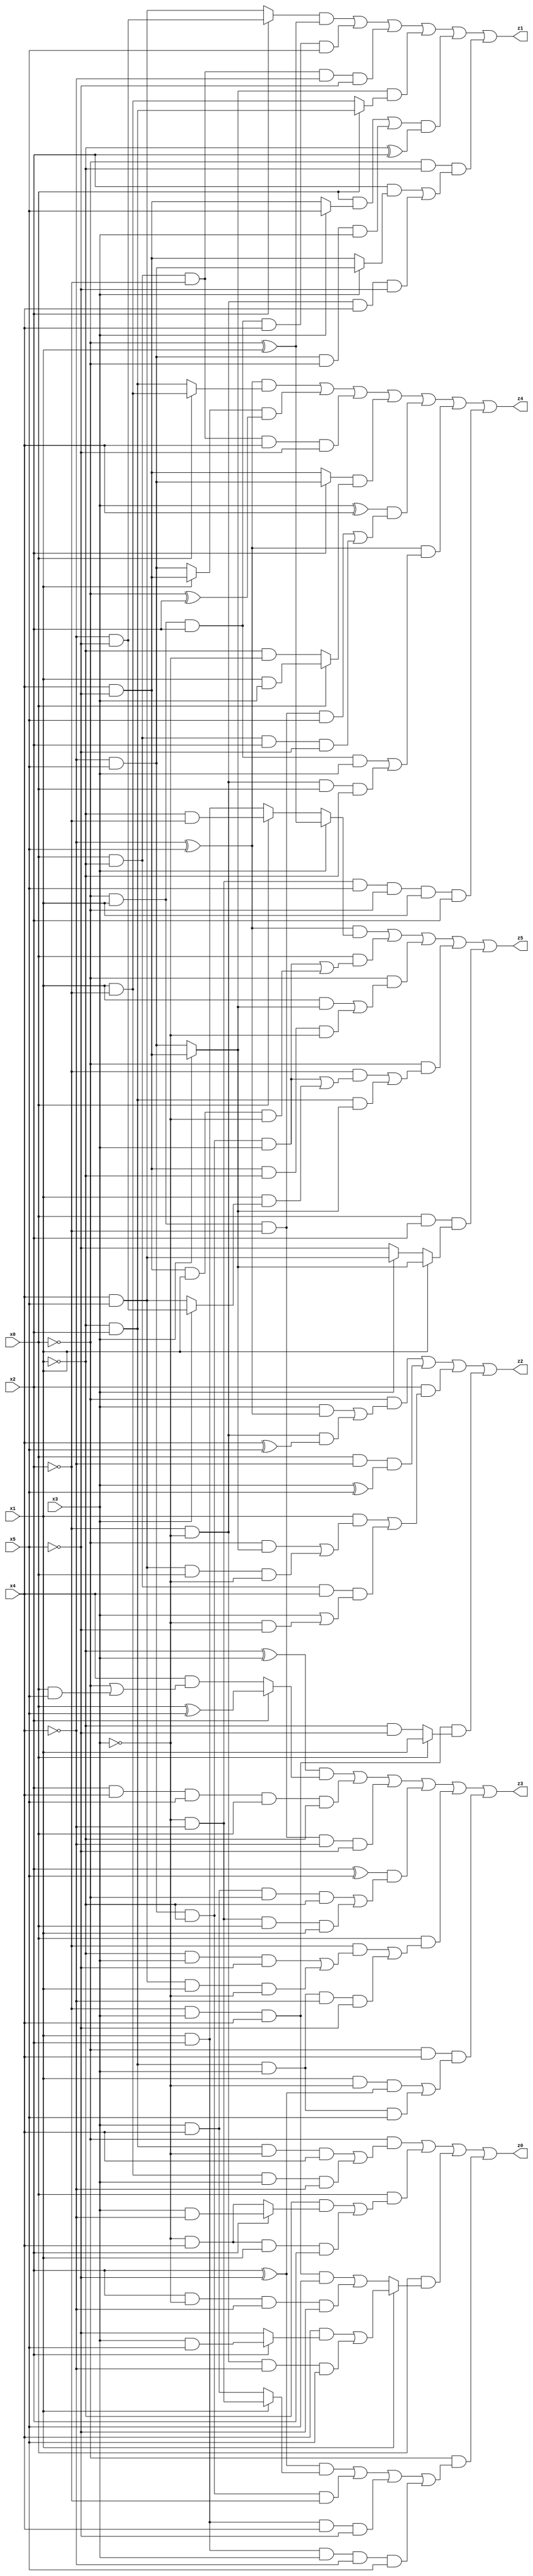
// Benchmark "X_41" written by ABC on Wed Jun 07 23:38:20 2023

module X_41 ( 
    x0, x1, x2, x3, x4, x5,
    z0, z1, z2, z3, z4, z5  );
  input  x0, x1, x2, x3, x4, x5;
  output z0, z1, z2, z3, z4, z5;
  assign z0 = (~x0 & ((~x1 & x2 & ~x3 & x4) | (x1 & ~x2 & x3 & ~x4))) | (x0 & ((~x1 & (x2 ? (x3 & ~x4) : (~x3 & x4))) | (~x3 & x4 & x1 & x2))) | (x0 & (x1 ? ((x4 & (x2 ? (x3 & x5) : ~x5)) | (~x2 & ~x3 & ~x4 & x5)) : ((~x2 & x3 & x4 & x5) | (x2 & ~x3 & ~x4 & ~x5)))) | (~x0 & (((x2 ^ ~x5) & (x1 ? (~x3 & ~x4) : (x3 & x4))) | (~x4 & x5 & ~x1 & ~x2) | (x1 & x2 & x4 & ~x5) | (x1 & x2 & x3 & ~x4 & x5)));
  assign z1 = ((x2 ? (~x4 & ~x5) : (x4 & x5)) & (~x0 ^ x1)) | (~x0 & x1 & x2 & x4 & x5) | (x0 & ~x1 & ~x2 & ~x4 & ~x5) | ((x3 ? (x4 & ~x5) : (~x4 & x5)) & (x0 ? (~x1 & x2) : (x1 & ~x2))) | (((x0 & (x3 ? x5 : (x4 & ~x5))) | (~x4 & x5 & ~x0 & x3)) & (~x1 ^ x2)) | (~x0 & ~x1 & ((x2 & (x3 ? (~x4 & x5) : (x4 & ~x5))) | (~x2 & ~x3 & x4 & ~x5)));
  assign z2 = (~x0 & ((x3 & (~x4 ^ x5)) | (~x2 & ~x3 & (x4 ^ x5)))) | (x0 & ~x4 & (x3 ^ x5)) | (x2 & ((x1 & ((~x0 & (x3 ? (x4 & ~x5) : (~x4 & x5))) | (x4 & x5 & x0 & ~x3))) | (x0 & ~x1 & x4 & (x3 | (~x3 & ~x5))))) | (~x2 & x3 & x4 & (x0 ? x1 : (~x1 & ~x5)));
  assign z3 = ((~x1 ^ x3) & (x2 ? (x0 ^ x5) : (x4 & (~x0 | (x0 & x5))))) | (x2 & x4 & x5 & x0 & ~x1) | (~x0 & x1 & ~x2 & ~x4 & ~x5) | ((x2 ^ x5) & ((x3 & x4 & ~x0 & ~x1) | (~x3 & ~x4 & x0 & x1))) | (x0 & ((~x2 & ((~x1 & x3 & ~x5) | (x4 & x5 & x1 & ~x3))) | (~x1 & x2 & x3 & ~x4 & ~x5))) | (~x0 & x4 & ((x1 & ~x3 & (x2 ^ ~x5)) | (~x1 & x2 & x3 & x5)));
  assign z4 = ((~x4 ^ x5) & (x0 ? (x1 & ~x2) : (~x1 & x2))) | ((x1 ? (x4 & ~x5) : (~x4 & x5)) & (~x0 ^ x2)) | (x0 & ~x1 & ~x2 & x4 & ~x5) | ((x2 ? (~x4 & x5) : (x4 & ~x5)) & (x0 ? (x1 & x3) : (~x1 & ~x3))) | ((x3 ^ x4) & ((~x0 & x1 & ~x2 & x5) | (x0 & ~x1 & x2 & ~x5))) | ((~x4 ^ x5) & ((~x0 & x1 & x2 & x3) | (~x2 & ~x3 & x0 & ~x1))) | (~x3 & ~x4 & x5 & ~x0 & x1 & x2);
  assign z5 = ((~x4 ^ x5) & (x3 ? (~x0 ^ x1) : (x0 ? (~x1 & ~x2) : (x1 & x2)))) | (x0 & ((~x4 & x5 & ~x1 & x3) | (x4 & ~x5 & x1 & ~x3))) | (~x0 & ((x1 & (x3 ? (x4 & ~x5) : (~x4 & x5))) | (x4 & ~x5 & ~x1 & ~x3))) | (~x0 & ((~x2 & ((~x4 & x5 & ~x1 & x3) | (x1 & (x3 ? (~x4 & ~x5) : (x4 & x5))))) | (~x1 & x2 & (x3 ? (x4 & ~x5) : (~x4 & x5))))) | (x0 & x2 & (x1 ? (x3 ? (x4 & ~x5) : (~x4 & x5)) : (x3 ? (x4 & x5) : ~x5)));
endmodule